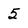
Character: 5